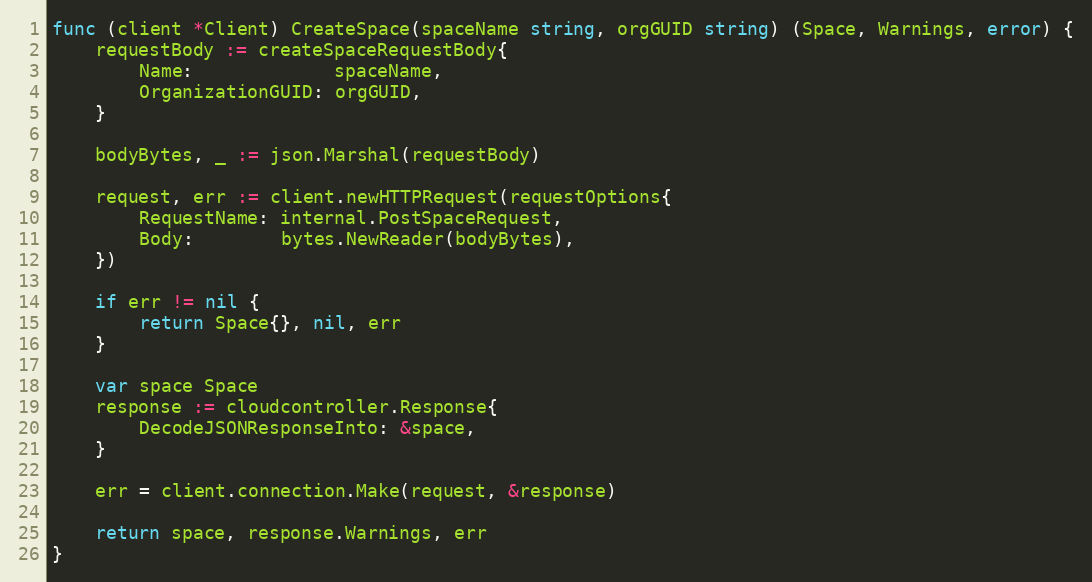
Language: Go
func (client *Client) CreateSpace(spaceName string, orgGUID string) (Space, Warnings, error) {
	requestBody := createSpaceRequestBody{
		Name:             spaceName,
		OrganizationGUID: orgGUID,
	}

	bodyBytes, _ := json.Marshal(requestBody)

	request, err := client.newHTTPRequest(requestOptions{
		RequestName: internal.PostSpaceRequest,
		Body:        bytes.NewReader(bodyBytes),
	})

	if err != nil {
		return Space{}, nil, err
	}

	var space Space
	response := cloudcontroller.Response{
		DecodeJSONResponseInto: &space,
	}

	err = client.connection.Make(request, &response)

	return space, response.Warnings, err
}